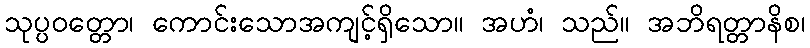
သုပ္ပဝတ္တော၊ ကောင်းသောအကျင့်ရှိသော။ အဟံ၊ သည်။ အဘိရတ္တာနိစ၊